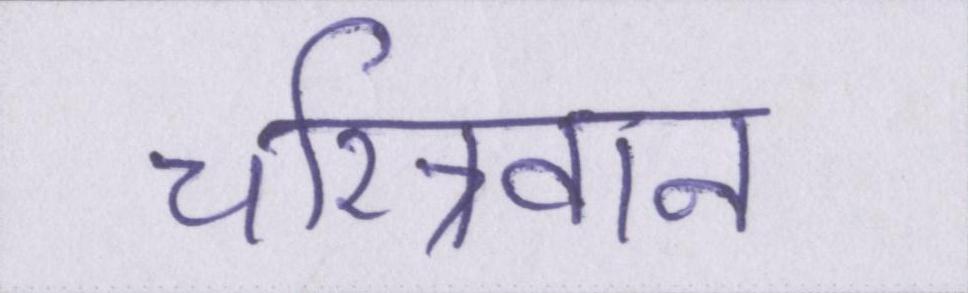
चरित्रवान